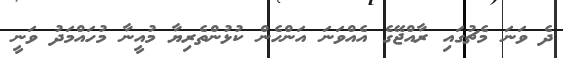
ދެ ވަނަ މެޗުގައި ރާއްޖޭގެ އެއްވަނަ އަންހެން ކުޅުންތެރިޔާ މުއީނާ މުހައްމަދު ވަނީ